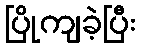
ပြိုကျခဲ့ပြီး